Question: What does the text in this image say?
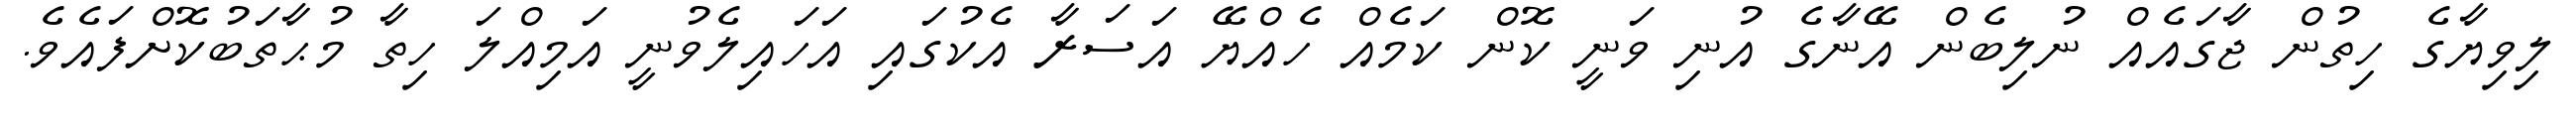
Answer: ލިވިޔާގެ ހިތުން ޖާގައެއް ނުލިބެން އޭނާގެ އުނި ވަނީ ކޮން ކަމެއް ހެއްޔޭ އަސަރާ އެކުގައި އަހައިލެވުނީ އަމިއްލަ ހިތާ މުޙާތަބުކޮށްފައެވެ.